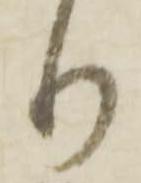
り